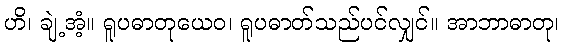
ဟိ၊ ချဲ့အံ့။ ရူပဓာတုယေဝ၊ ရူပဓာတ်သည်ပင်လျှင်။ အာဘာဓာတု၊